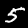
Digit: 5